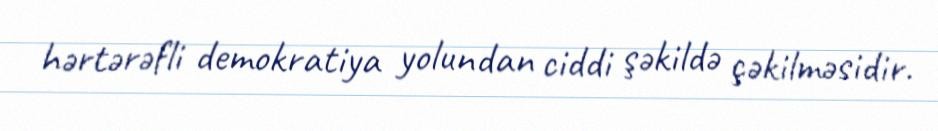
hərtərəfli demokratiya yolundan ciddi şəkildə çəkilməsidir.